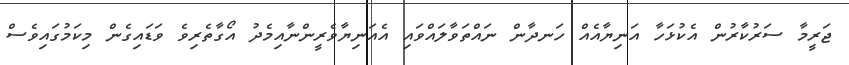
ޖަރީމާ ސަރުކާރުން އެކުޅަހާ އަނިޔާއެއް ހަނދާން ނައްތަވާލައްވައި އެއަނިޔާވެރީންނާއިމެދު އޯގާތެރިވެ ވަޑައިގެން މިކަމުގައިވެސް